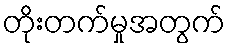
တိုးတက်မှုအတွက်